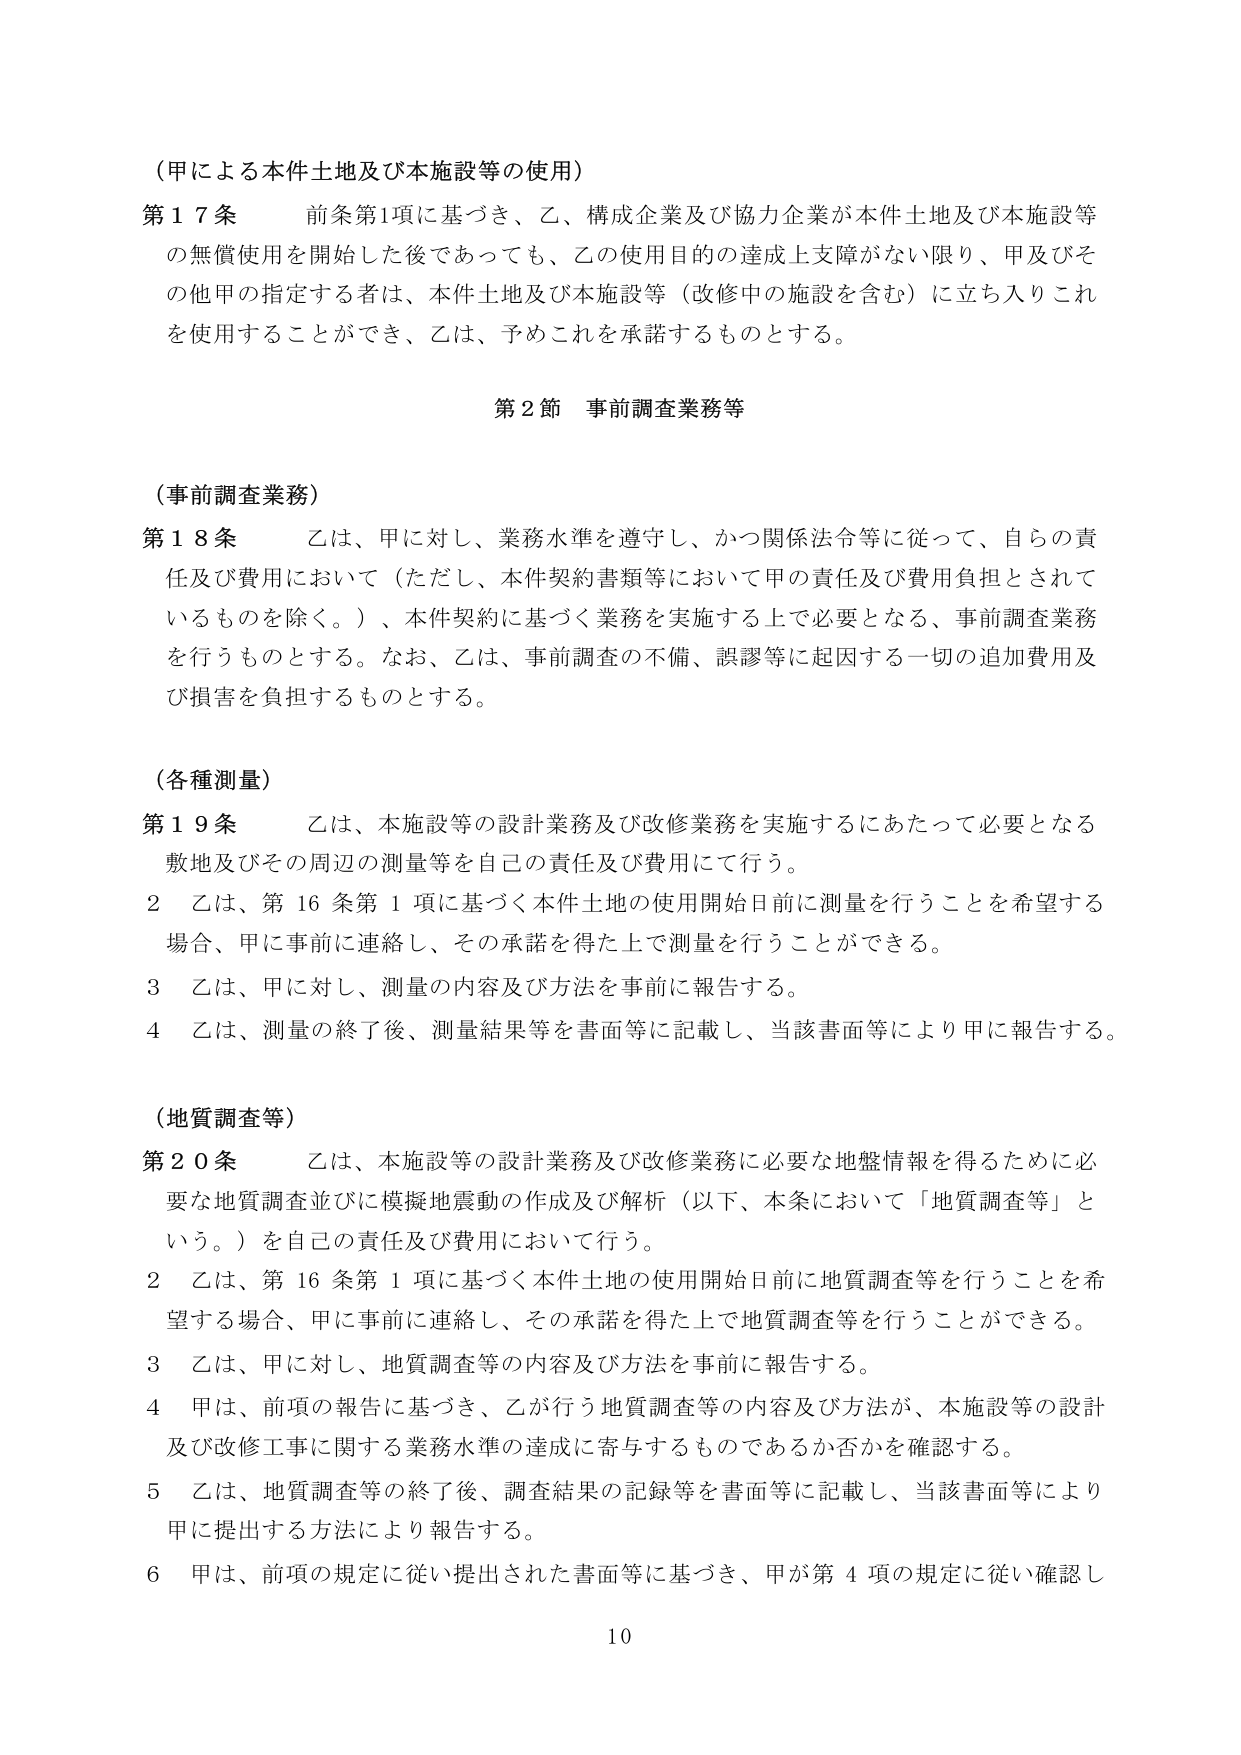
（甲による本件土地及び本施設等の使用）

第17条　前条第1項に基づき、乙、構成企業及び協力企業が本件土地及び本施設等の無償使用を開始した後であっても、乙の使用目的の達成上支障がない限り、甲及びその他甲の指定する者は、本件土地及び本施設等（改修中の施設を含む）に立ち入りこれを使用することができ、乙は、予めこれを承諾するものとする。

第2節　事前調査業務等

（事前調査業務）

第18条　乙は、甲に対し、業務水準を遵守し、かつ関係法令等に従って、自らの責任及び費用において（ただし、本件契約書類等において甲の責任及び費用負担とされているものを除く。）、本件契約に基づく業務を実施する上で必要となる、事前調査業務を行うものとする。なお、乙は、事前調査の不備、誤謬等に起因する一切の追加費用及び損害を負担するものとする。

（各種測量）

第19条　乙は、本施設等の設計業務及び改修業務を実施するにあたって必要となる敷地及びその周辺の測量等を自己の責任及び費用にて行う。

2　乙は、第16条第1項に基づく本件土地の使用開始日前に測量を行うことを希望する場合、甲に事前に連絡し、その承諾を得た上で測量を行うことができる。

3　乙は、甲に対し、測量の内容及び方法を事前に報告する。

4　乙は、測量の終了後、測量結果等を書面等に記載し、当該書面等により甲に報告する。

（地質調査等）

第20条　乙は、本施設等の設計業務及び改修業務に必要な地盤情報を得るために必要な地質調査並びに模擬地震動の作成及び解析（以下、本条において「地質調査等」という。）を自己の責任及び費用において行う。

2　乙は、第16条第1項に基づく本件土地の使用開始日前に地質調査等を行うことを希望する場合、甲に事前に連絡し、その承諾を得た上で地質調査等を行うことができる。

3　乙は、甲に対し、地質調査等の内容及び方法を事前に報告する。

4　甲は、前項の報告に基づき、乙が行う地質調査等の内容及び方法が、本施設等の設計及び改修工事に関する業務水準の達成に寄与するものであるか否かを確認する。

5　乙は、地質調査等の終了後、調査結果の記録等を書面等に記載し、当該書面等により甲に提出する方法により報告する。

6　甲は、前項の規定に従い提出された書面等に基づき、甲が第4項の規定に従い確認し

10